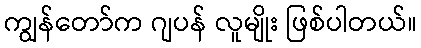
ကျွန်တော်က ဂျပန် လူမျိုး ဖြစ်ပါတယ်။